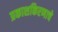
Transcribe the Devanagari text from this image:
प्रकाशकिरणाचे